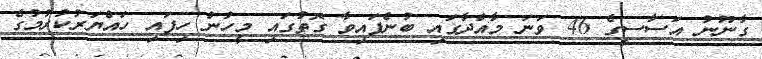
ގާނޫނު އަސާސީގެ 46 ވަނަ މާއްދާގައި ބުނެފައިވާ ގޮތުގައި މީހުން ހިފައި ހައްޔަރުކުރުމުގެ